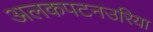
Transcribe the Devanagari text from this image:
अलकपटनउरिया